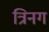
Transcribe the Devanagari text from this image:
त्रिनग